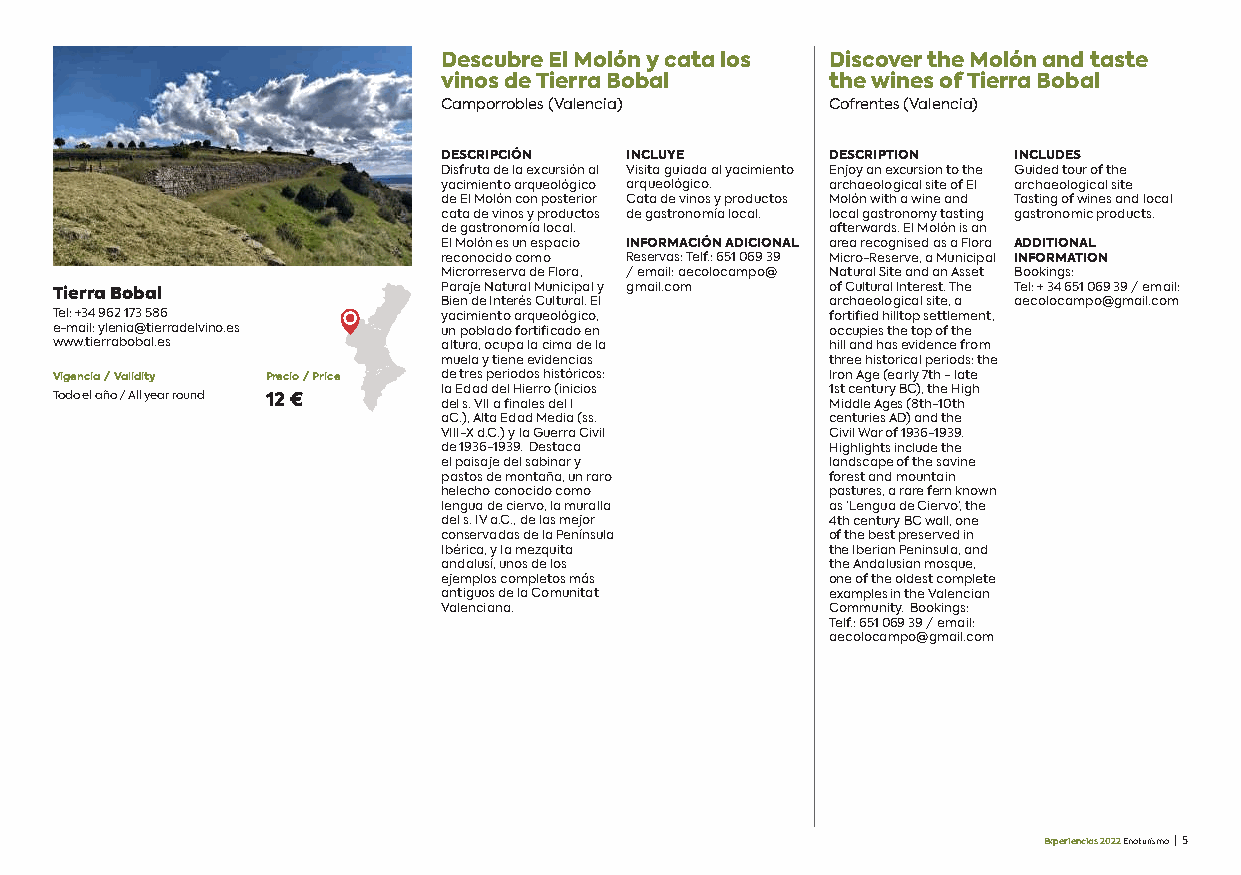
Descubre El Molón y cata los Discover the Molón and taste
 vinos de Tierra Bobal     the wines of Tierra Bobal
 Camporrobles (Valencia)   Cofrentes (Valencia)
 DESCRIPCIÓN INCLUYE       DESCRIPTION INCLUDES
 Disfruta de la excursión al Visita guiada al yacimiento Enjoy an excursion to the Guided tour of the
 yacimiento arqueológico arqueológico. archaeological site of El archaeological site
 de El Molón con posterior Cata de vinos y productos Molón with a wine and Tasting of wines and local
 cata de vinos y productos de gastronomía local. local gastronomy tasting gastronomic products.
 de gastronomía local.     afterwards. El Molón is an
 El Molón es un espacio INFORMACIÓN ADICIONAL area recognised as a Flora ADDITIONAL
 reconocido como Reservas: Telf.: 651 069 39 Micro-Reserve, a Municipal INFORMATION
 Microrreserva de Flora, / email: aecolocampo@ Natural Site and an Asset Bookings:
 Paraje Natural Municipal y gmail.com of Cultural Interest. The Tel: + 34 651 069 39 / email:
 Tierra Bobal
 Bien de Interés Cultural. El archaeological site, a aecolocampo@gmail.com
 Tel: +34 962 173 586     yacimiento arqueológico,  fortified hilltop settlement,
 e-mail: ylenia@tierradelvino.es un poblado fortificado en occupies the top of the
 www.tierrabobal.es       altura, ocupa la cima de la hill and has evidence from
 muela y tiene evidencias  three historical periods: the
 Vigencia / Validity Precio / Price de tres periodos históricos: Iron Age (early 7th - late
 la Edad del Hierro (inicios 1st century BC), the High
 Todo el año / All year round 12 € del s. VII a finales del I Middle Ages (8th-10th
 aC.), Alta Edad Media (ss. centuries AD) and the
 VIII-X d.C.) y la Guerra Civil Civil War of 1936-1939.
 de 1936-1939. Destaca     Highlights include the
 el paisaje del sabinar y  landscape of the savine
 pastos de montaña, un raro forest and mountain
 helecho conocido como     pastures, a rare fern known
 lengua de ciervo, la muralla as ‘Lengua de Ciervo’, the
 del s. IV a.C., de las mejor 4th century BC wall, one
 conservadas de la Península of the best preserved in
 Ibérica, y la mezquita    the Iberian Peninsula, and
 andalusí, unos de los     the Andalusian mosque,
 ejemplos completos más    one of the oldest complete
 antiguos de la Comunitat  examples in the Valencian
 Valenciana.               Community. Bookings:
 Telf.: 651 069 39 / email:
 aecolocampo@gmail.com
 Experiencias 2022 Enoturismo | 5